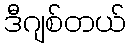
ဒီဂျစ်တယ်